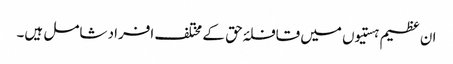
ان عظیم ہستیوں میں قافلۂ حق کے مختلف افراد شامل ہیں۔